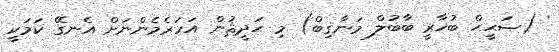
' (ޞަޙީޙް ބުޚާރީ ބާބުލް މަނާޤިބް) މި ޙަދީޘުން އަހަރެމެންނަށް އެނގޭ ކަމަކީ